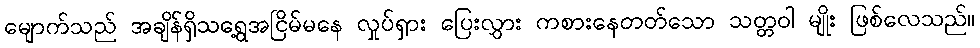
မျောက်သည် အချိန်ရှိသရွေ့အငြိမ်မနေ လှုပ်ရှား ပြေးလွှား ကစားနေတတ်သော သတ္တဝါ မျိုး ဖြစ်လေသည်။